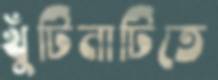
খুঁটিনাটিতে